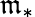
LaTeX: \mathfrak{m}_{*}